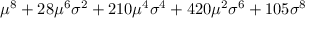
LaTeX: \mu ^ { 8 } + 2 8 \mu ^ { 6 } \sigma ^ { 2 } + 2 1 0 \mu ^ { 4 } \sigma ^ { 4 } + 4 2 0 \mu ^ { 2 } \sigma ^ { 6 } + 1 0 5 \sigma ^ { 8 }